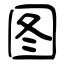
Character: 图